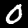
Label: 0